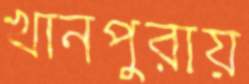
খানপুরায়